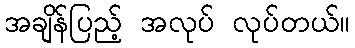
အချိန်ပြည့် အလုပ် လုပ်တယ်။